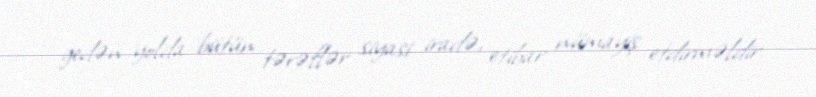
gedən yolda bütün tərəflər siyasi iradə, etibar nümayiş etdirməldir.